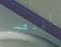
للنصر